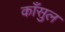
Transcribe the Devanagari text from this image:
काँसुल